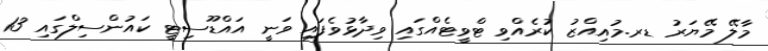
މާލޭ މޭޔަރު ޑރ.މުއިއްޒު ކުރެއްވި ޓްވީޓެއްގައި ވިދާޅުވެފައި ވަނީ އައްޑޫސިޓީ ކައުންސިލްގައި 13